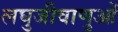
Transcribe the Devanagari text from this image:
लघुजीवाणुओं